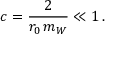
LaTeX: c = \frac { 2 } { r _ { 0 } \, m _ { W } } \ll 1 \, .